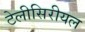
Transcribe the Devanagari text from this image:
टेलीसिरीयल